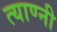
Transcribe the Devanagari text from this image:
त्याण्नी